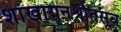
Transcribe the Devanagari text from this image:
शांखायनश्रौतसूत्र